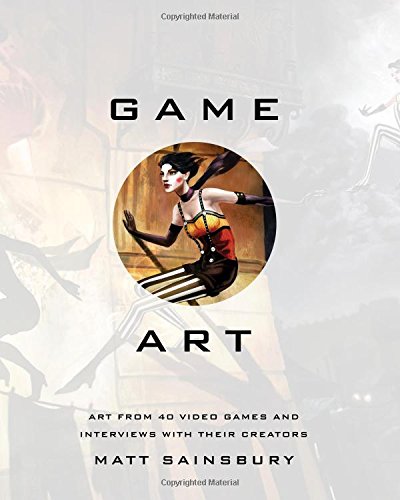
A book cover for Game Art: Art from 40 Video Games and Interviews with Their Creators; Matt Sainsbury; Teen & Young Adult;